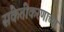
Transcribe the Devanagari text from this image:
संकेतीकरणाच्या